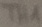
Text: TH1